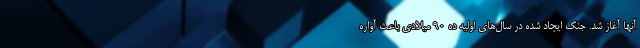
آنها آغاز شد. جنگ ایجاد شده در سال‌های اولیه ده 90 میلادی باعث آواره